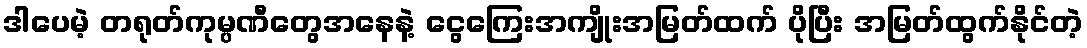
ဒါပေမဲ့ တရုတ်ကုမ္ပဏီတွေအနေနဲ့ ငွေကြေးအကျိုးအမြတ်ထက် ပိုပြီး အမြတ်ထွက်နိုင်တဲ့